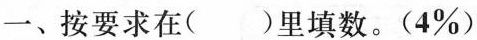
一、按要求在( )里填数。(4%)